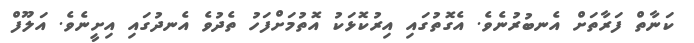
ކަނާތް ފަރާތަށް އެނބުރުނެވެ. އެގޮތުގައި އިރުކޮޅަކު އޮތުމަށްފަހު ތެދުވެ އެނދުގައި އިށީނެވެ. އަލޫފް